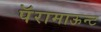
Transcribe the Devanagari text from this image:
पॅरामाऊन्ट